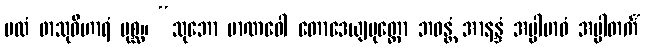
ဗလံ ဖာသုဝိဟာရံ ပုစ္ဆ။ “သုဘော မာဏဝေါ တောဒေယျပုတ္တော ဘဝန္တံ အာနန္ဒံ အပ္ပါဗာဓံ အပ္ပါတင်္ကံ